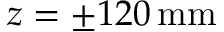
z = \pm 1 2 0 \, \mathrm { m m }